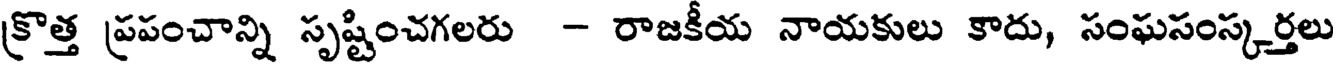
క్రొత్త ప్రపంచాన్ని సృష్టించగలరు - రాజకీయ నాయకులు కాదు, సంఘసంస్కర్తలు